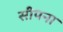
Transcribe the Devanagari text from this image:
सीपना